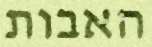
האבות